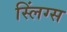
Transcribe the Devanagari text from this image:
स्लिंग्स